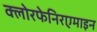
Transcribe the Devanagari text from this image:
क्लोरफेनिरएमाइन